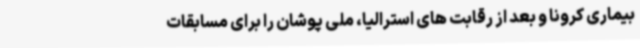
بیماری کرونا و بعد از رقابت های استرالیا، ملی پوشان را برای مسابقات